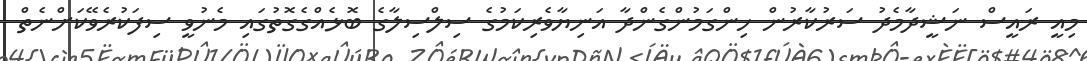
މިއީ ރައީސް ނަޝީދާމެދު ސަރުކާރުން ހިންގަމުންގެންދާ އަނިޔާވެރިކަމުގެ ސިލްސިލާގެ ބޮޅެއްގެގޮތުގައި މެނުވީ ސިފަކުރެވޭކަށްނެތް